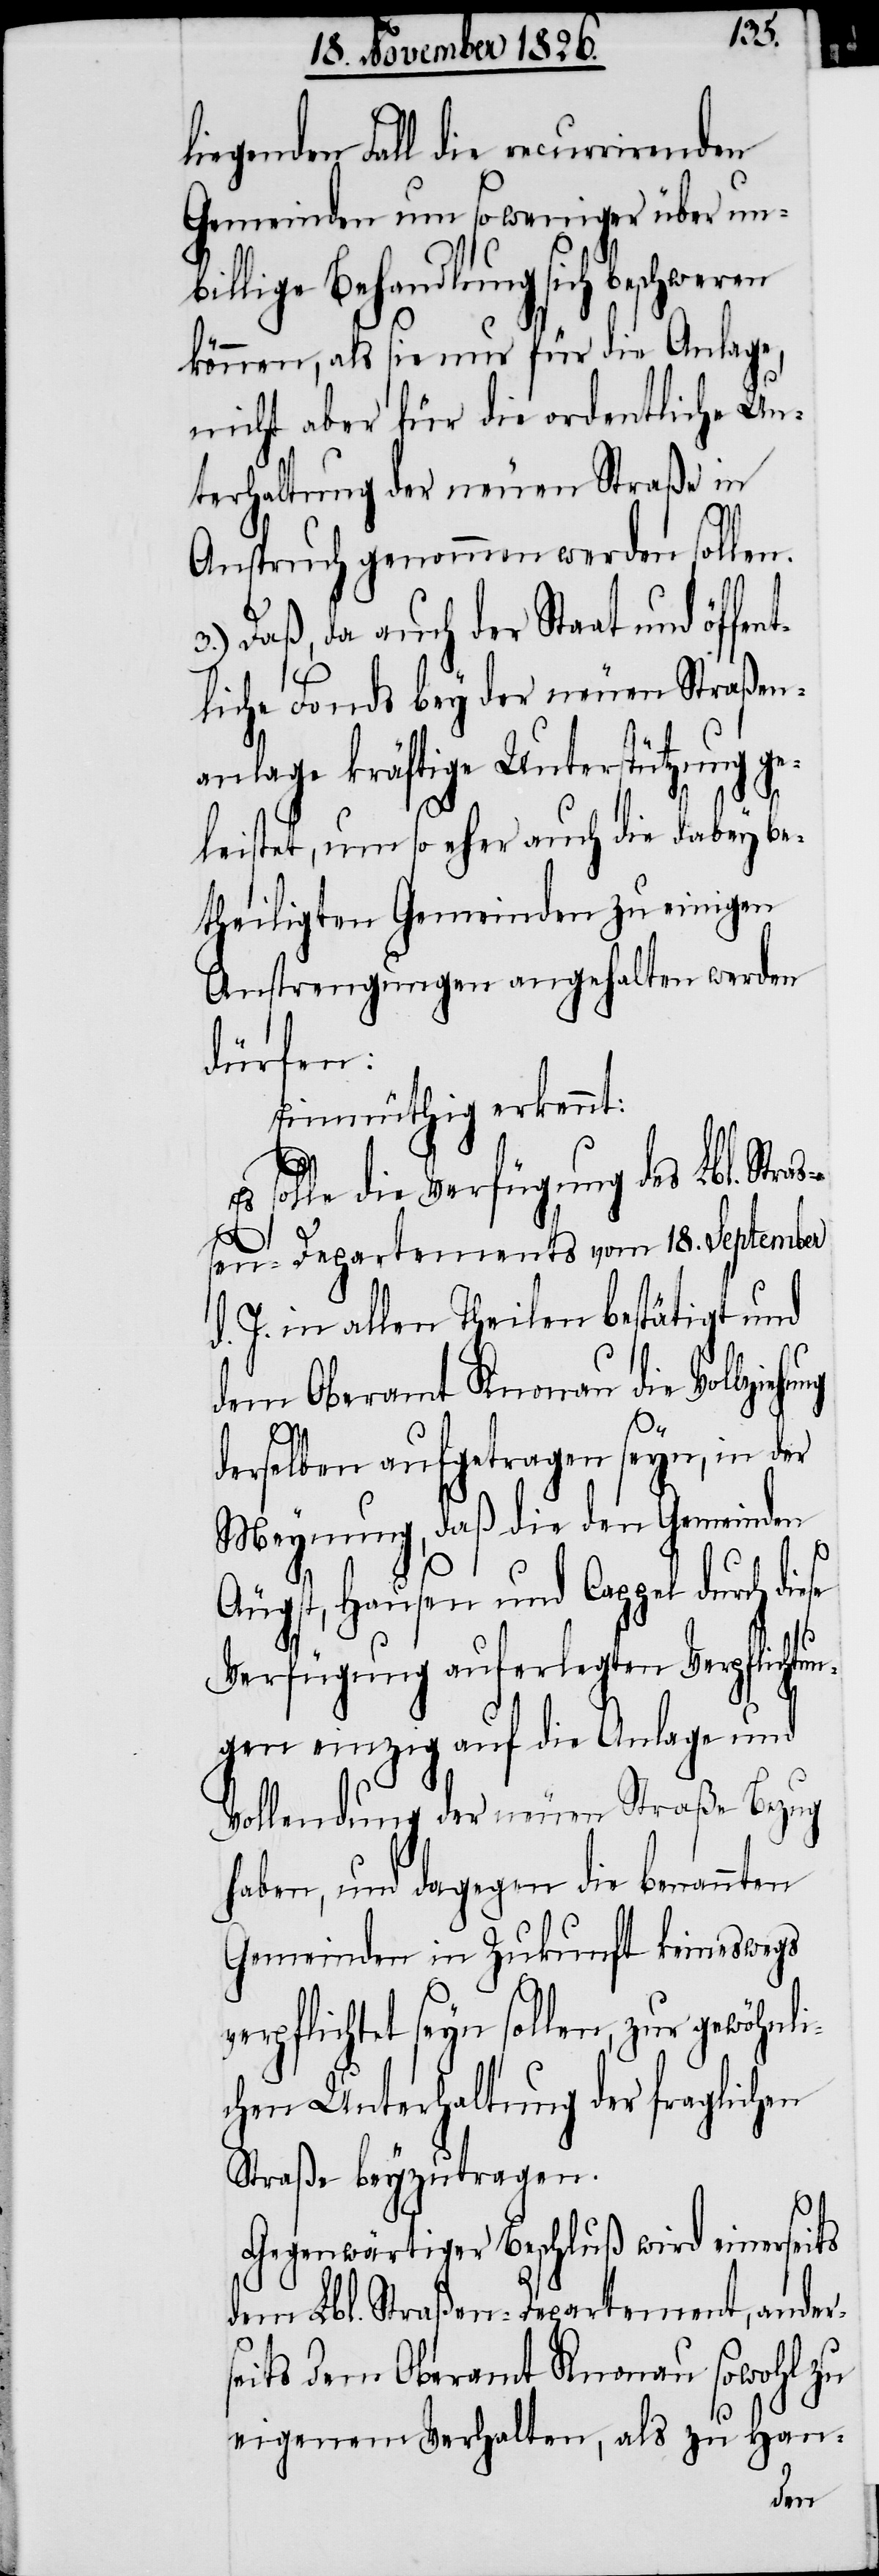
liegenden Fall die recurrirenden
Gemeinden um so weniger über un¬
billige Behandlung sich beschweren
können, als sie nur für die Anlage,
nicht aber für die ordentliche Un¬
terhaltung der neuen Straße in
Anspruch genommen werden sollen.
3.) Daß, da auch der Staat und öffe¬
liche Fonds bey der neuen Straßen¬
anlage kräftige Unterstützung ge¬
leistet, um so eher auch die dabey be¬
theiligten Gemeinden zu einigen
Anstrengungen angehalten werden
dürfen:
Einmüthig erkennt:
solle die Verfügung des Lbl. Str¬
en-Departements vom 19. September
d. J. in allen Theilen bestätigt und
dem Oberamt Knonau die Vollzieh¬
v¬
derselben aufgetragen seyn, in der
Meynung, daß die den Gemeinden
Äugst, Hausen und Cappel durch die¬
Verfügung auferlegten Verpflichtun¬
gen einzig auf die Anlage und
Vollendung der neuen Straße Bezug
haben, und dagegen die benannten
Gemeinden in Zukunft keineswegs
erpflichtet seyn sollen, zur gewöhnli¬
chen Unterhaltung der fraglichen
Straße beyzutragen.
Gegenwärtiger Beschluß wird einerseits
dem Lbl. Straßen-Departement, ander¬
seits dem Oberamt Knonau sowohl zu
se
eigenem Verhalten, als zu Han-